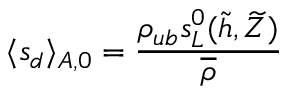
\langle s _ { d } \rangle _ { A , 0 } = \frac { \rho _ { u b } s _ { L } ^ { 0 } ( \widetilde { h } , \widetilde { Z } ) } { \overline { \rho } }